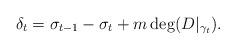
LaTeX: \begin{align*}\delta_t = \sigma_{t-1} - \sigma_t + m\deg (D \vert_{\gamma_t}) .\end{align*}